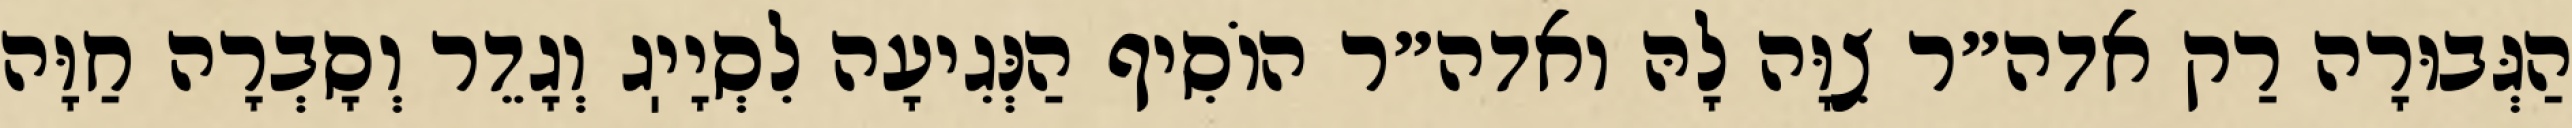
הַגְּבוּרָה רַק אדה״ר צִוָּה לָהּ ואדה״ר הוֹסִיף הַנְּגִיעָה לִסְיָיֽג וְגָדֵר וְסָבְרָה חַוָּה